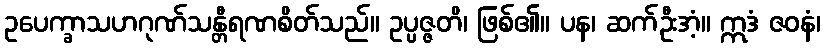
ဥပေက္ခာသဟဂုဏ်သန္တီရဏစိတ်သည်။ ဥပ္ပဇ္ဇတိ၊ ဖြစ်၏။ ပန၊ ဆက်ဦးအံ့။ ဣဒံ ဇဝနံ၊